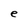
Character: e